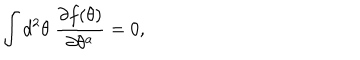
LaTeX: \int d ^ { 2 } \theta \; \frac { \partial f ( \theta ) } { \partial \theta ^ { a } } = 0 ,